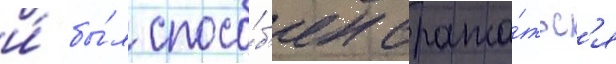
и́ бы́л спосо́б'ен сража́тьс'я